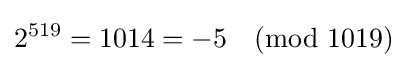
2^{519}=1014=-5{\pmod {1019}}